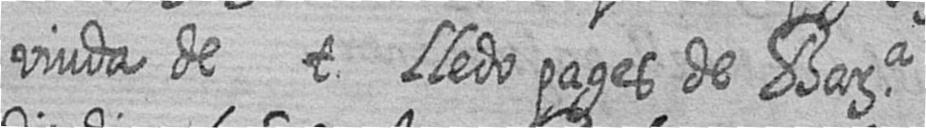
viuda de t Lledo pages de Bara